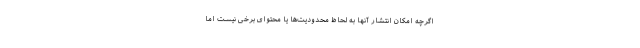
اگرچه امکان انتشار آنها به لحاظ محدودیت‌ها یا محتوای برخی نیست اما